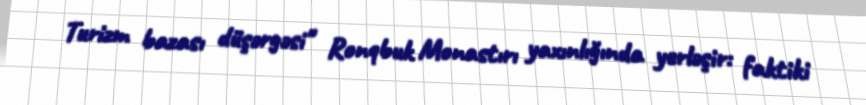
Turizm bazası düşərgəsi" Ronqbuk Monastırı yaxınlığında yerləşir: faktiki